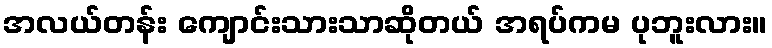
အလယ်တန်း ကျောင်းသားသာဆိုတယ် အရပ်ကမ ပုဘူးလား။